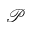
\mathcal { P }